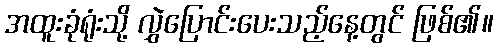
အထူးခုံရုံးသို့ လွှဲပြောင်းပေးသည့်နေ့တွင် ဖြစ်၏။